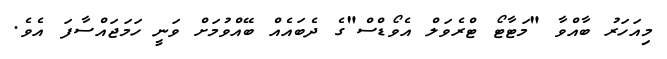
މިއަހަރު ބާއްވާ "މަޓާޓޯ ޓްރެވަލް އެވޯޑްސް"ގެ ދެބައެއް ބޭއްވުމަށް ވަނީ ހަމަޖައްސާފަ އެވެ.